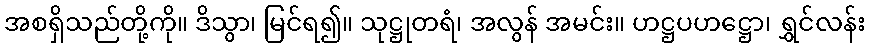
အစရှိသည်တို့ကို။ ဒိသွာ၊ မြင်ရ၍။ သုဋ္ဌုတရံ၊ အလွန် အမင်း။ ဟဋ္ဌပဟဋ္ဌော၊ ရွှင်လန်း